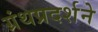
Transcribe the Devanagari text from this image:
ग्रंथप्रदर्शने